Medical and sanitary report of the native army of Madras for the year
Year: 1872
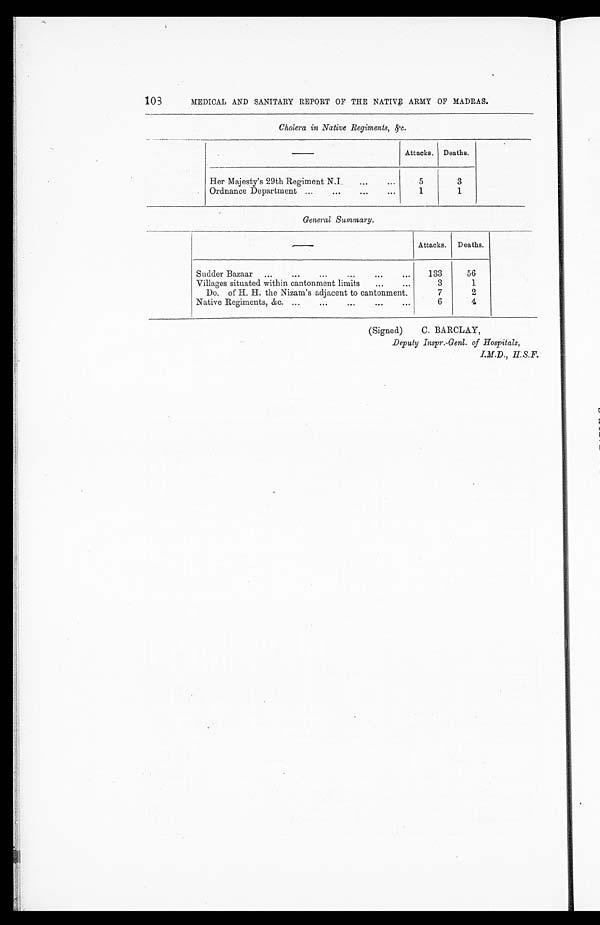
103
MEDICAL AND SANITARY REPORT OF THE NATIVE ARMY OF MADRAS.
Cholera in Native Regiments, &c.
—
Attacks.
Deaths.
Her Majesty's 29th Regiment N.I.
5
3
Ordnance Department
...
1
1
General Summary.
—
Attacks.
Deaths.
...
Sadder Bazaar
133
56
Villages situated within cantonment limits
3
1
Do. of H. H. the Nizam's adjacent to cantonment.
7
2
N a t i v e R e g i m e n t s , & c .
6
4
(Signed)
C. BARCLAY,
Deputy Inspr.-Genl. of Hospitals,